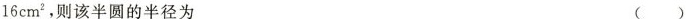
16cm^{2}，则该半圆的半径为 （）